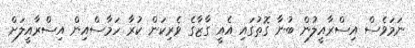
ނަމަވެސް އިސްރާއީލުން ބުނާ ގޮތުގައި އެއީ ގާޒާގެ ވެރިކަން ކުރާ ހަމާސްއިން އިސްރާއީލަށް